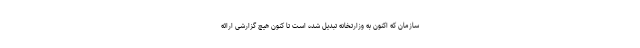
سازمان که اکنون به وزارتخانه تبدیل شده است تا کنون هیچ گزارشی ارائه